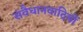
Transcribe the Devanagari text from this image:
संवैधानवादियों